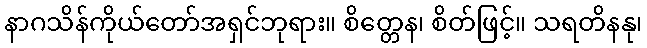
နာဂသိန်ကိုယ်တော်အရှင်ဘုရား။ စိတ္တေန၊ စိတ်ဖြင့်။ သရတိနနု၊